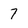
Character: 7